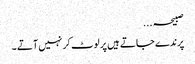
صبیحہ ...
پرندے جاتے ہیں پر لوٹ کر نہیں آتے ۔